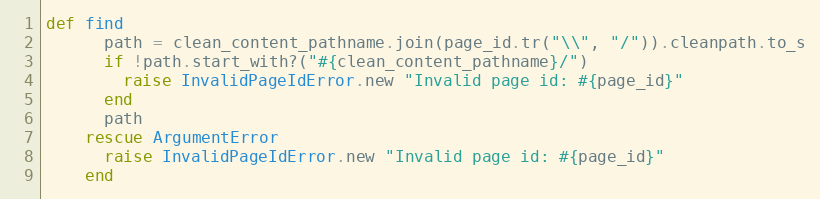
Language: Ruby
def find
      path = clean_content_pathname.join(page_id.tr("\\", "/")).cleanpath.to_s
      if !path.start_with?("#{clean_content_pathname}/")
        raise InvalidPageIdError.new "Invalid page id: #{page_id}"
      end
      path
    rescue ArgumentError
      raise InvalidPageIdError.new "Invalid page id: #{page_id}"
    end